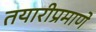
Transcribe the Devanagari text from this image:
तयारीप्रमाणे